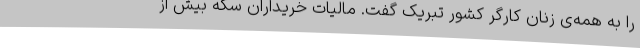
را به همه‌ی زنان کارگر کشور تبریک گفت. مالیات خریداران سکه بیش از